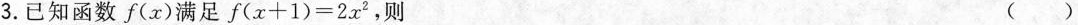
3.已知函数 f(x)满足 $$f ( x + 1 ) = 2 x ^ { 2 }$$,则 ( )